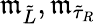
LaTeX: \mathfrak{m}_{\tilde{{L}}},\mathfrak{m}_{{\tilde{{\tau}}}_{R}}